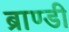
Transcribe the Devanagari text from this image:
ब्राण्डी